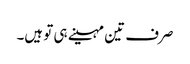
صرف تین مہینے ہی تو ہیں۔